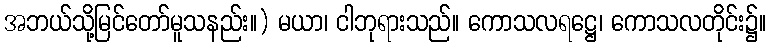
အဘယ်သို့မြင်တော်မူသနည်း။) မယာ၊ ငါဘုရားသည်။ ကောသလရဋ္ဌေ၊ ကောသလတိုင်း၌။